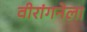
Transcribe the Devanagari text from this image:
वीरांगनेला